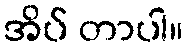
အိပ် တာပါ။